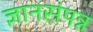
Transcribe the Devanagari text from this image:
ज्ञानसंपन्न